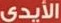
الأيدي